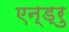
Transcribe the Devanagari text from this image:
एन्ड्रु